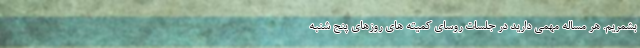
بشمریم. هر مساله مهمی دارید در جلسات روسای کمیته های روزهای پنج شنبه